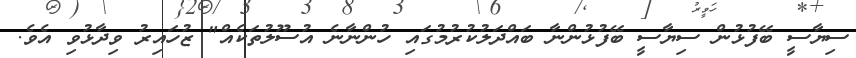
ސިޔާސީ ބޭފުޅުން ސިޔާސީ ބޭފުޅުންނާ ބައްދަލުކުރުމުގައި ހުންނާނެ އުސޫލުތަކެއް" ޒުހައިރު ވިދާޅުވި އެވެ.